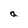
Character: a